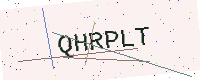
Text: QHRPLT